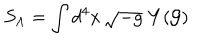
S _ { \Lambda } = \int d ^ { 4 } x \, \sqrt { - g } \, \, Y ( \cal G )